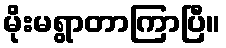
မိုးမရွာတာကြာပြီ။